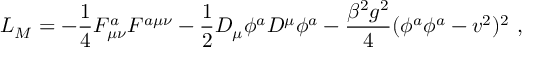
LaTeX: L _ { M } = - \frac { 1 } { 4 } F _ { \mu \nu } ^ { a } F ^ { a \mu \nu } - \frac { 1 } { 2 } D _ { \mu } \phi ^ { a } D ^ { \mu } \phi ^ { a } - \frac { \beta ^ { 2 } g ^ { 2 } } { 4 } ( \phi ^ { a } \phi ^ { a } - v ^ { 2 } ) ^ { 2 } \ ,